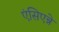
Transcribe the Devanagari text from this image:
एंसिएन्ने